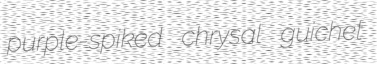
purple-spiked chrysal guichet